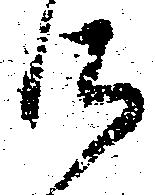
御